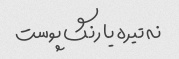
نه تیره یا رنگ پوست